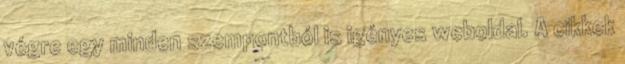
végre egy minden szempontból is igényes weboldal. A cikkek